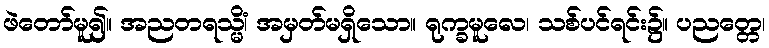
ဖဲတော်မူ၍။ အညတရသ္မိံ၊ အမှတ်မရှိသော။ ရုက္ခမူလေ၊ သစ်ပင်ရင်း၌။ ပညတ္တေ၊